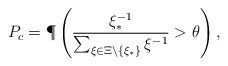
\begin{align*}P_c = \P\left(\frac{\xi_\ast^{-1}}{\sum_{\xi\in\Xi\backslash\{\xi_\ast\}}\xi^{-1}}>\theta \right),\end{align*}